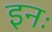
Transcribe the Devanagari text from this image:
इनः